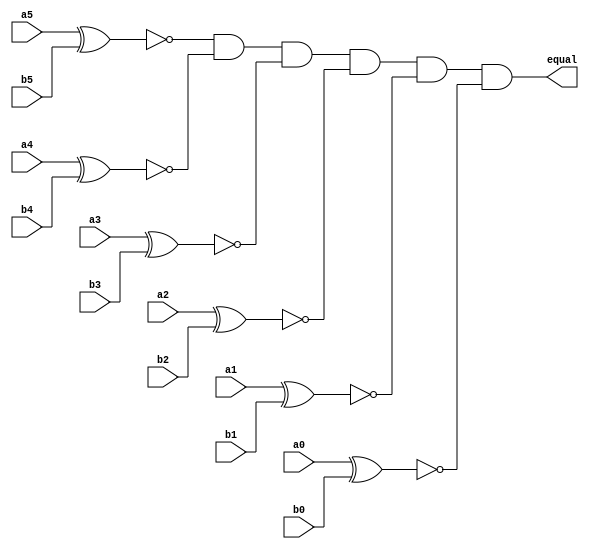
`timescale 1ns / 1ps

module SixBitEqual(
	 input a5,
    input a4,
    input a3,
    input a2,
    input a1,
    input a0,
	 input b5,
    input b4,
    input b3,
    input b2,
    input b1,
    input b0,
	 output equal
    );

wire check5, check4, check3, check2, check1, check0;
xnor(check5, a5, b5);
xnor(check4, a4, b4);
xnor(check3, a3, b3);
xnor(check2, a2, b2);
xnor(check1, a1, b1);
xnor(check0, a0, b0);
and(equal, check5, check4, check3, check2, check1, check0);

endmodule